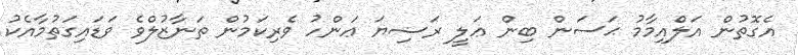
އެގޮތުން އަލްއިމާމު ޙަސަން ބިން ޢަލީ ރަޟިޔަ ޢަންހު ވެރިކަމުން ތަނާޒުލްވެ ވަޑައިގަތުމާއެކު